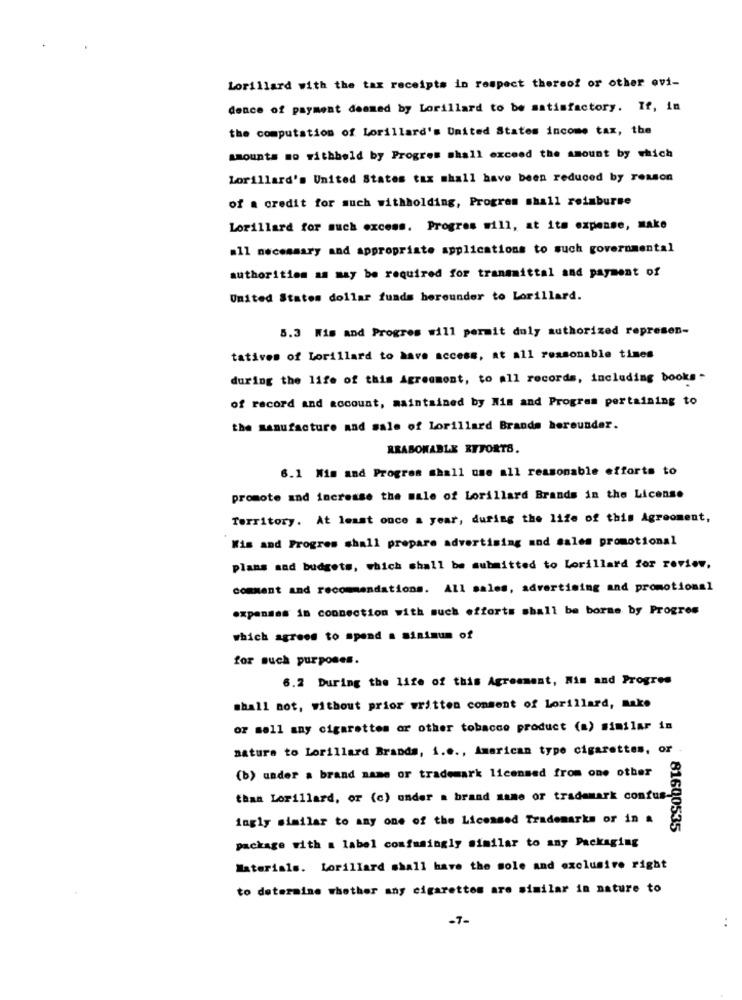
Lorillard with the tax receipts in respect thereof or other ovi-
dence of payment desmed by Lorillard to be satisfactory. If, in
the computation of Lorillard's United States income tax, the
amounts mo withheld by Progres shall exceed the amount by which
Lorillard's United States tax mhall have been reduced by reason
of a credit for such withholding, Program shall reimburse
Lorillard for such excess. Progres will, at its expense, make
all necessary and appropriate applications to such governmental
authorities as may be required for transmittal and payment of
United States dollar funds bereunder to Lorillard.
5.3 Wis and Progres will permit duly authorized represen-
tatives of Lorillard to have access, at all reasonable times
during the life of this Agreement, to all records, including books.
of record and account, maintained by Nim and Program pertaining to
the manufacture and sale of Lorillard Brands hereunder.
RRABOWABLE RYFORTS.
6.1 Mim and Progres shall use all reasonable efforts to
promote and increase the sale of Lorillard Brands in the License
Territory. At least once a year, during the life of this Agreement,
Wis and Progres shall prepare advertising and sales promotional
plans sad budgets, which shall be submitted to Lorillard for review,
comment and recommendations. All sales, advertising and promotional
expenses in connection with much efforts shall be borne by Progres
which agrees to spend a minimum of
for such purposes.
6.2 During the life of this Agreement, Wis and Progres
shall not, without prior written consent of Lorillard, make
or sell any cigarettes or other tobacco product (a) similar in
natura to Lorillard Brands, i.e ., American type cigarettes, or
(b) under a brand name or trademark licensed from one other
than Lorillard, or (c) onder a brand name or trademark confus-
ingly similar to any one of the Licensed Trademarks or in a
81600535
package with a label confusingly similar to any Packaging
Materials. Lorillard shall have the sole and exclusive right
to determine whether any cigarettes are similar in nature to
-7-